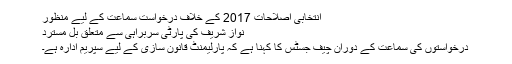
انتخابی اصلاحات 2017 کے خلاف درخواست سماعت کے لیے منظور
نواز شریف کی پارٹی سربراہی سے متعلق بل مسترد
درخواستوں کی سماعت کے دوران چیف جسٹس کا کہنا ہے کہ پارلیمنٹ قانون سازی کے لیے سپریم ادارہ ہے۔